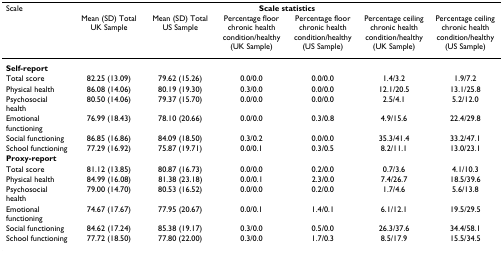
<table><thead><tr><td><b>Scale</b></td><td colspan="6"><b>Scale statistics</b></td></tr><tr><td>[EMPTY_CELL]</td><td><b>Mean (SD) Total UK Sample</b></td><td><b>Mean (SD) Total US Sample</b></td><td><b>Percentage floor chronic health condition/healthy (UK Sample)</b></td><td><b>Percentage floor chronic health condition/healthy (US Sample)</b></td><td><b>Percentage ceiling chronic health condition/healthy (UK Sample)</b></td><td><b>Percentage ceiling chronic health condition/healthy (US Sample)</b></td></tr></thead><tbody><tr><td><b>Self-report</b></td><td>[EMPTY_CELL]</td><td>[EMPTY_CELL]</td><td>[EMPTY_CELL]</td><td>[EMPTY_CELL]</td><td>[EMPTY_CELL]</td><td>[EMPTY_CELL]</td></tr><tr><td>Total score</td><td>82.25 (13.09)</td><td>79.62 (15.26)</td><td>0.0/0.0</td><td>0.0/0.0</td><td>1.4/3.2</td><td>1.9/7.2</td></tr><tr><td>Physical health</td><td>86.08 (14.06)</td><td>80.19 (19.30)</td><td>0.3/0.0</td><td>0.0/0.0</td><td>12.1/20.5</td><td>13.1/25.8</td></tr><tr><td>Psychosocial health</td><td>80.50 (14.06)</td><td>79.37 (15.70)</td><td>0.0/0.0</td><td>0.0/0.0</td><td>2.5/4.1</td><td>5.2/12.0</td></tr><tr><td>Emotional functioning</td><td>76.99 (18.43)</td><td>78.10 (20.66)</td><td>0.0/0.0</td><td>0.3/0.8</td><td>4.9/15.6</td><td>22.4/29.8</td></tr><tr><td>Social functioning</td><td>86.85 (16.86)</td><td>84.09 (18.50)</td><td>0.3/0.2</td><td>0.0/0.0</td><td>35.3/41.4</td><td>33.2/47.1</td></tr><tr><td>School functioning</td><td>77.29 (16.92)</td><td>75.87 (19.71)</td><td>0.0/0.1</td><td>0.3/0.5</td><td>8.2/11.1</td><td>13.0/23.1</td></tr><tr><td><b>Proxy-report</b></td><td>[EMPTY_CELL]</td><td>[EMPTY_CELL]</td><td>[EMPTY_CELL]</td><td>[EMPTY_CELL]</td><td>[EMPTY_CELL]</td><td>[EMPTY_CELL]</td></tr><tr><td>Total score</td><td>81.12 (13.85)</td><td>80.87 (16.73)</td><td>0.0/0.0</td><td>0.2/0.0</td><td>0.7/3.6</td><td>4.1/10.3</td></tr><tr><td>Physical health</td><td>84.99 (16.08)</td><td>81.38 (23.18)</td><td>0.0/0.1</td><td>2.3/0.0</td><td>7.4/26.7</td><td>18.5/39.6</td></tr><tr><td>Psychosocial health</td><td>79.00 (14.70)</td><td>80.53 (16.52)</td><td>0.0/0.0</td><td>0.2/0.0</td><td>1.7/4.6</td><td>5.6/13.8</td></tr><tr><td>Emotional functioning</td><td>74.67 (17.67)</td><td>77.95 (20.67)</td><td>0.0/0.1</td><td>1.4/0.1</td><td>6.1/12.1</td><td>19.5/29.5</td></tr><tr><td>Social functioning</td><td>84.62 (17.24)</td><td>85.38 (19.17)</td><td>0.3/0.0</td><td>0.5/0.0</td><td>26.3/37.6</td><td>34.4/58.1</td></tr><tr><td>School functioning</td><td>77.72 (18.50)</td><td>77.80 (22.00)</td><td>0.3/0.0</td><td>1.7/0.3</td><td>8.5/17.9</td><td>15.5/34.5</td></tr></tbody></table>